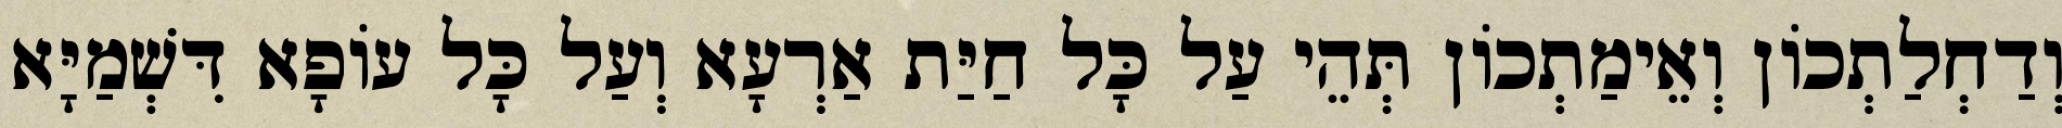
וְדַחְלַתְכוֹן וְאֵימַתְכוֹן תְּהֵי עַל כָּל חַיַּת אַרְעָא וְעַל כָּל עוֹפָא דִּשְׁמַיָּא